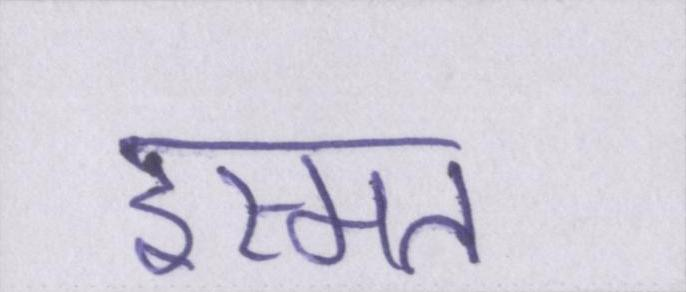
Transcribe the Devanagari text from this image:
इस्मत